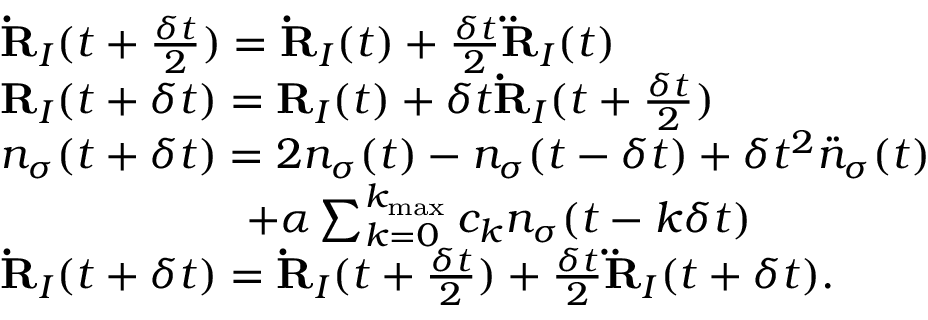
\begin{array} { r l } & { { { \bf \dot { \bf R } } _ { I } } ( t + \frac { \delta t } { 2 } ) = { { \bf \dot { R } } _ { I } } ( t ) + \frac { \delta t } { 2 } { { \bf \ddot { \bf R } } _ { I } } ( t ) } \\ & { { { \bf R } _ { I } } ( t + \delta t ) = { { \bf R } } _ { I } ( t ) + \delta t { { \bf \dot { \bf R } } _ { I } } ( t + \frac { \delta t } { 2 } ) } \\ & { n _ { \sigma } ( t + \delta t ) = 2 n _ { \sigma } ( t ) - n _ { \sigma } ( t - \delta t ) + \delta t ^ { 2 } { \ddot { n } } _ { \sigma } ( t ) } \\ & { ~ ~ ~ ~ ~ ~ ~ ~ ~ ~ ~ ~ ~ ~ ~ ~ ~ + \alpha \sum _ { k = 0 } ^ { k _ { \mathrm { m a x } } } c _ { k } n _ { \sigma } ( t - k \delta t ) } \\ & { { { \bf \dot { \bf R } } _ { I } } ( t + \delta t ) = { { \bf \dot { \bf R } } _ { I } } ( t + \frac { \delta t } { 2 } ) + \frac { \delta t } { 2 } { { \bf \ddot { \bf R } } _ { I } } ( t + \delta t ) . } \end{array}